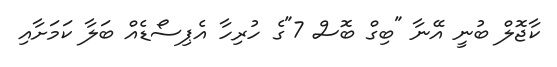
ކާޖޮލް ބުނީ އޭނާ "ބިގް ބޮސް 7"ގެ ހުރިހާ އެޕިސޯޑެއް ބަލާ ކަމަށާއި